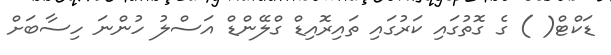
ޑަކްޓް( ) ގެ ގޮތުގައި ކަރުގައި ތައިރޮއިޑް ގްލޭންޑް އަސްލު ހުންނަ ހިސާބަށް